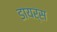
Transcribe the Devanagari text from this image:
डायर्स